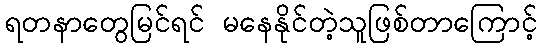
ရတနာတွေမြင်ရင် မနေနိုင်တဲ့သူဖြစ်တာကြောင့်